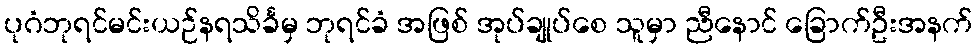
ပုဂံဘုရင်မင်းယဉ်နရသိင်္ခမှ ဘုရင်ခံ အဖြစ် အုပ်ချုပ်စေ သူမှာ ညီနောင် ခြောက်ဦးအနက်